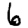
Digit: 6